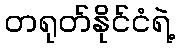
တရုတ်နိုင်ငံရဲ့